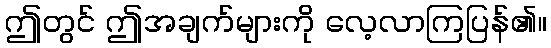
ဤတွင် ဤအချက်များကို လေ့လာကြပြန်၏။